Lunatic asylums Central Provinces reports 1874-1885 - 1874-1885
Year: 1874
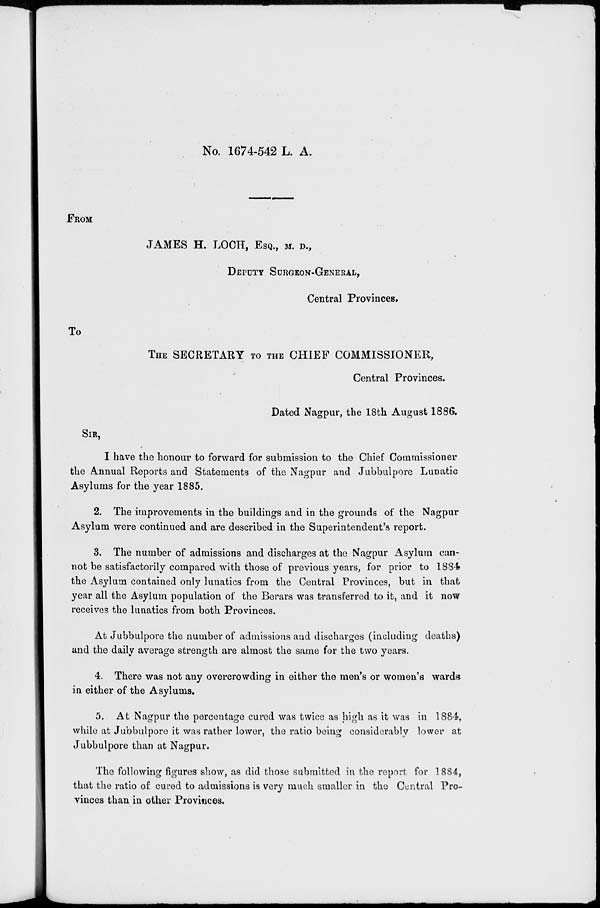
No. 1674-542 L. A.
FROM
JAMES H. LOCH, ESQ., M. D.,
DEPUTY SURGEON-GENERAL,
Central Provinces.
To
THE SECRETARY TO THE CHIEF COMMISSIONER,
Central Provinces.
Dated Nagpur, the 18th August 1886.
SIR,
I have the honour to forward for submission to the Chief Commissioner
the Annual Reports and Statements of the Nagpur and Jubbulpore Lunatic
Asylums for the year 1885.
2. The improvements in the buildings and in the grounds of the Nagpur
Asylum were continued and are described in the Superintendent's report.
3. The number of admissions and discharges at the Nagpur Asylum can-
not be satisfactorily compared with those of previous years, for prior to 1884
the Asylum contained only lunatics from the Central Provinces, but in that
year all the Asylum population of the Berars was transferred to it, and it now
receives the lunatics from both Provinces.
At Jubbulpore the number of admissions and discharges (including deaths)
and the daily average strength are almost the same for the two years.
4. There was not any overcrowding in either the men's or women's wards
in either of the Asylums.
5. At Nagpur the percentage cured was twice as high as it was in 1884,
while at Jubbulpore it was rather lower, the ratio being considerably lower at
Jubbulpore than at Nagpur.
The following figures show, as did those submitted in the report for 1884,
that the ratio of cured to admissions is very much smaller in the Central Pro-
vinces than in other Provinces.